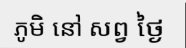
ភូមិ នៅ សព្វ ថ្ងៃ